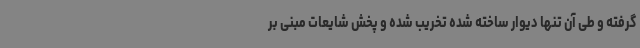
گرفته و طی آن تنها دیوار ساخته شده تخریب شده و پخش شایعات مبنی بر